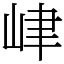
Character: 峍